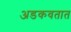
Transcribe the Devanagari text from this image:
अडकवतात